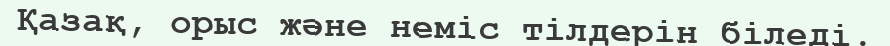
Қазақ, орыс және неміс тілдерін біледі.